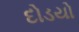
દોડયો